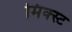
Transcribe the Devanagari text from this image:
मिक्स्ट